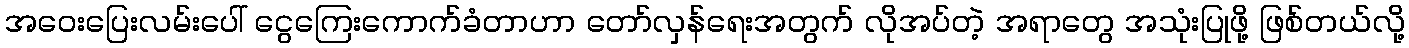
အဝေးပြေးလမ်းပေါ် ငွေကြေးကောက်ခံတာဟာ တော်လှန်ရေးအတွက် လိုအပ်တဲ့ အရာတွေ အသုံးပြုဖို့ ဖြစ်တယ်လို့